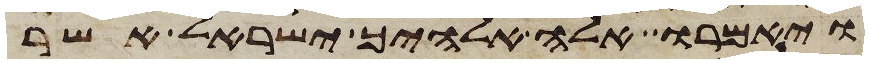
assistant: ויאמרו אלה אלהיך ישראל אשר